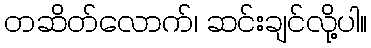
တဆိတ်လောက်၊ ဆင်းချင်လို့ပါ။